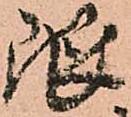
限